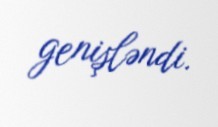
genişləndi.